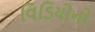
વિડિયોનો